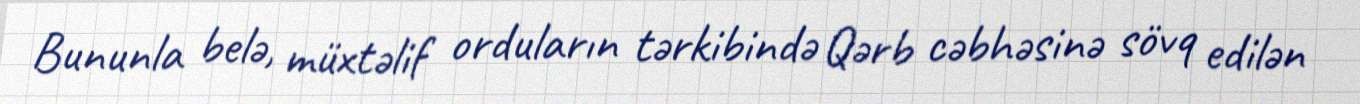
Bununla belə, müxtəlif orduların tərkibində Qərb cəbhəsinə sövq edilən